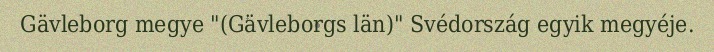
Gävleborg megye "(Gävleborgs län)" Svédország egyik megyéje.